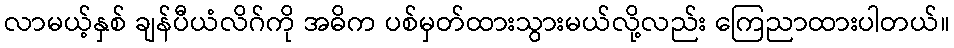
လာမယ့်နှစ် ချန်ပီယံလိဂ်ကို အဓိက ပစ်မှတ်ထားသွားမယ်လို့လည်း ကြေညာထားပါတယ်။